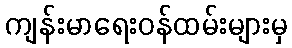
ကျန်းမာရေးဝန်ထမ်းများမှ